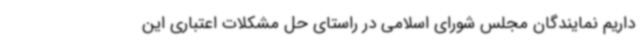
داریم نمایندگان مجلس شورای اسلامی در راستای حل مشکلات اعتباری این